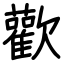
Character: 歡